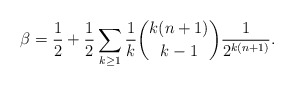
\begin{align*} \beta=\frac12+\frac12\sum_{k\ge1}\frac1k\binom{k(n+1)}{k-1}\frac1{2^{k(n+1)}}.\end{align*}